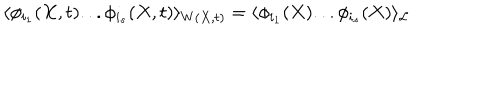
LaTeX: \langle \phi _ { i _ { 1 } } ( X , t ) . . . \phi _ { i _ { s } } ( X , t ) \rangle _ { W ( X , t ) } = \langle \phi _ { i _ { 1 } } ( X ) . . . \phi _ { i _ { s } } ( X ) \rangle _ { \cal L }